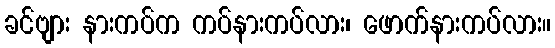
ခင်ဗျား နားကပ်က ကပ်နားကပ်လား၊ ဖောက်နားကပ်လား။